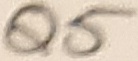
Text: Q5